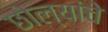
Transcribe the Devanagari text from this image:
छोल्यांचे